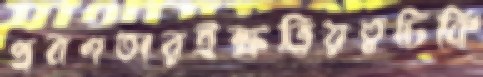
প্রবণতারইক্ষত্রিয়ত্বচিকি